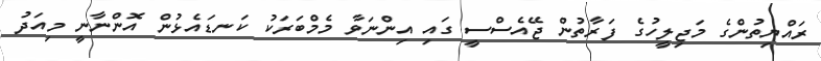
ރައްޔިތުންގެ މަޖިލީހުގެ ފަރާތުން ޖޭއެސްސީ ގައި އިންނަވާ މެމްބަރަކު ކަނޑައެޅުން އޮންނާނީ މިއަދު